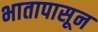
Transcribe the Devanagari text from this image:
भातापासून